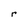
Character: r